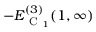
- E _ { \mathrm { ~ C ~ } _ { 1 } } ^ { ( 3 ) } ( 1 , \infty )